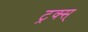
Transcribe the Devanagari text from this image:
ट्रक्स्